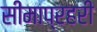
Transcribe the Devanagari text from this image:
सीमाप्रहरी